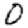
Digit: 0